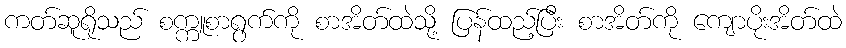
ကတ်ဆူရိုသည် စက္ကူစာရွက်ကို စာအိတ်ထဲသို့ ပြန်ထည့်ပြီး စာအိတ်ကို ကျောပိုးအိတ်ထဲ